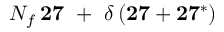
N _ { f } \, { \bf 2 7 } \ + \ \delta \, ( { \bf 2 7 } + { \bf 2 7 ^ { * } } )